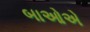
બાઓએ